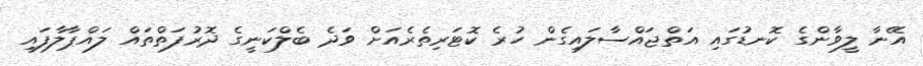
އޭނާ ލީވާންގެ ކޮނޑުގައި އަތްޖައްސާލައިގެން ހުރެ ކޮޓަރިތެރެއަށް ވަދެ ބެލްކަނީގެ ދޮރުފަތްތައް ލައްޕާލާފައި